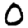
Digit: 0